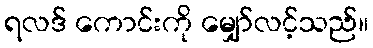
ရလဒ် ကောင်းကို မျှော်လင့်သည်။